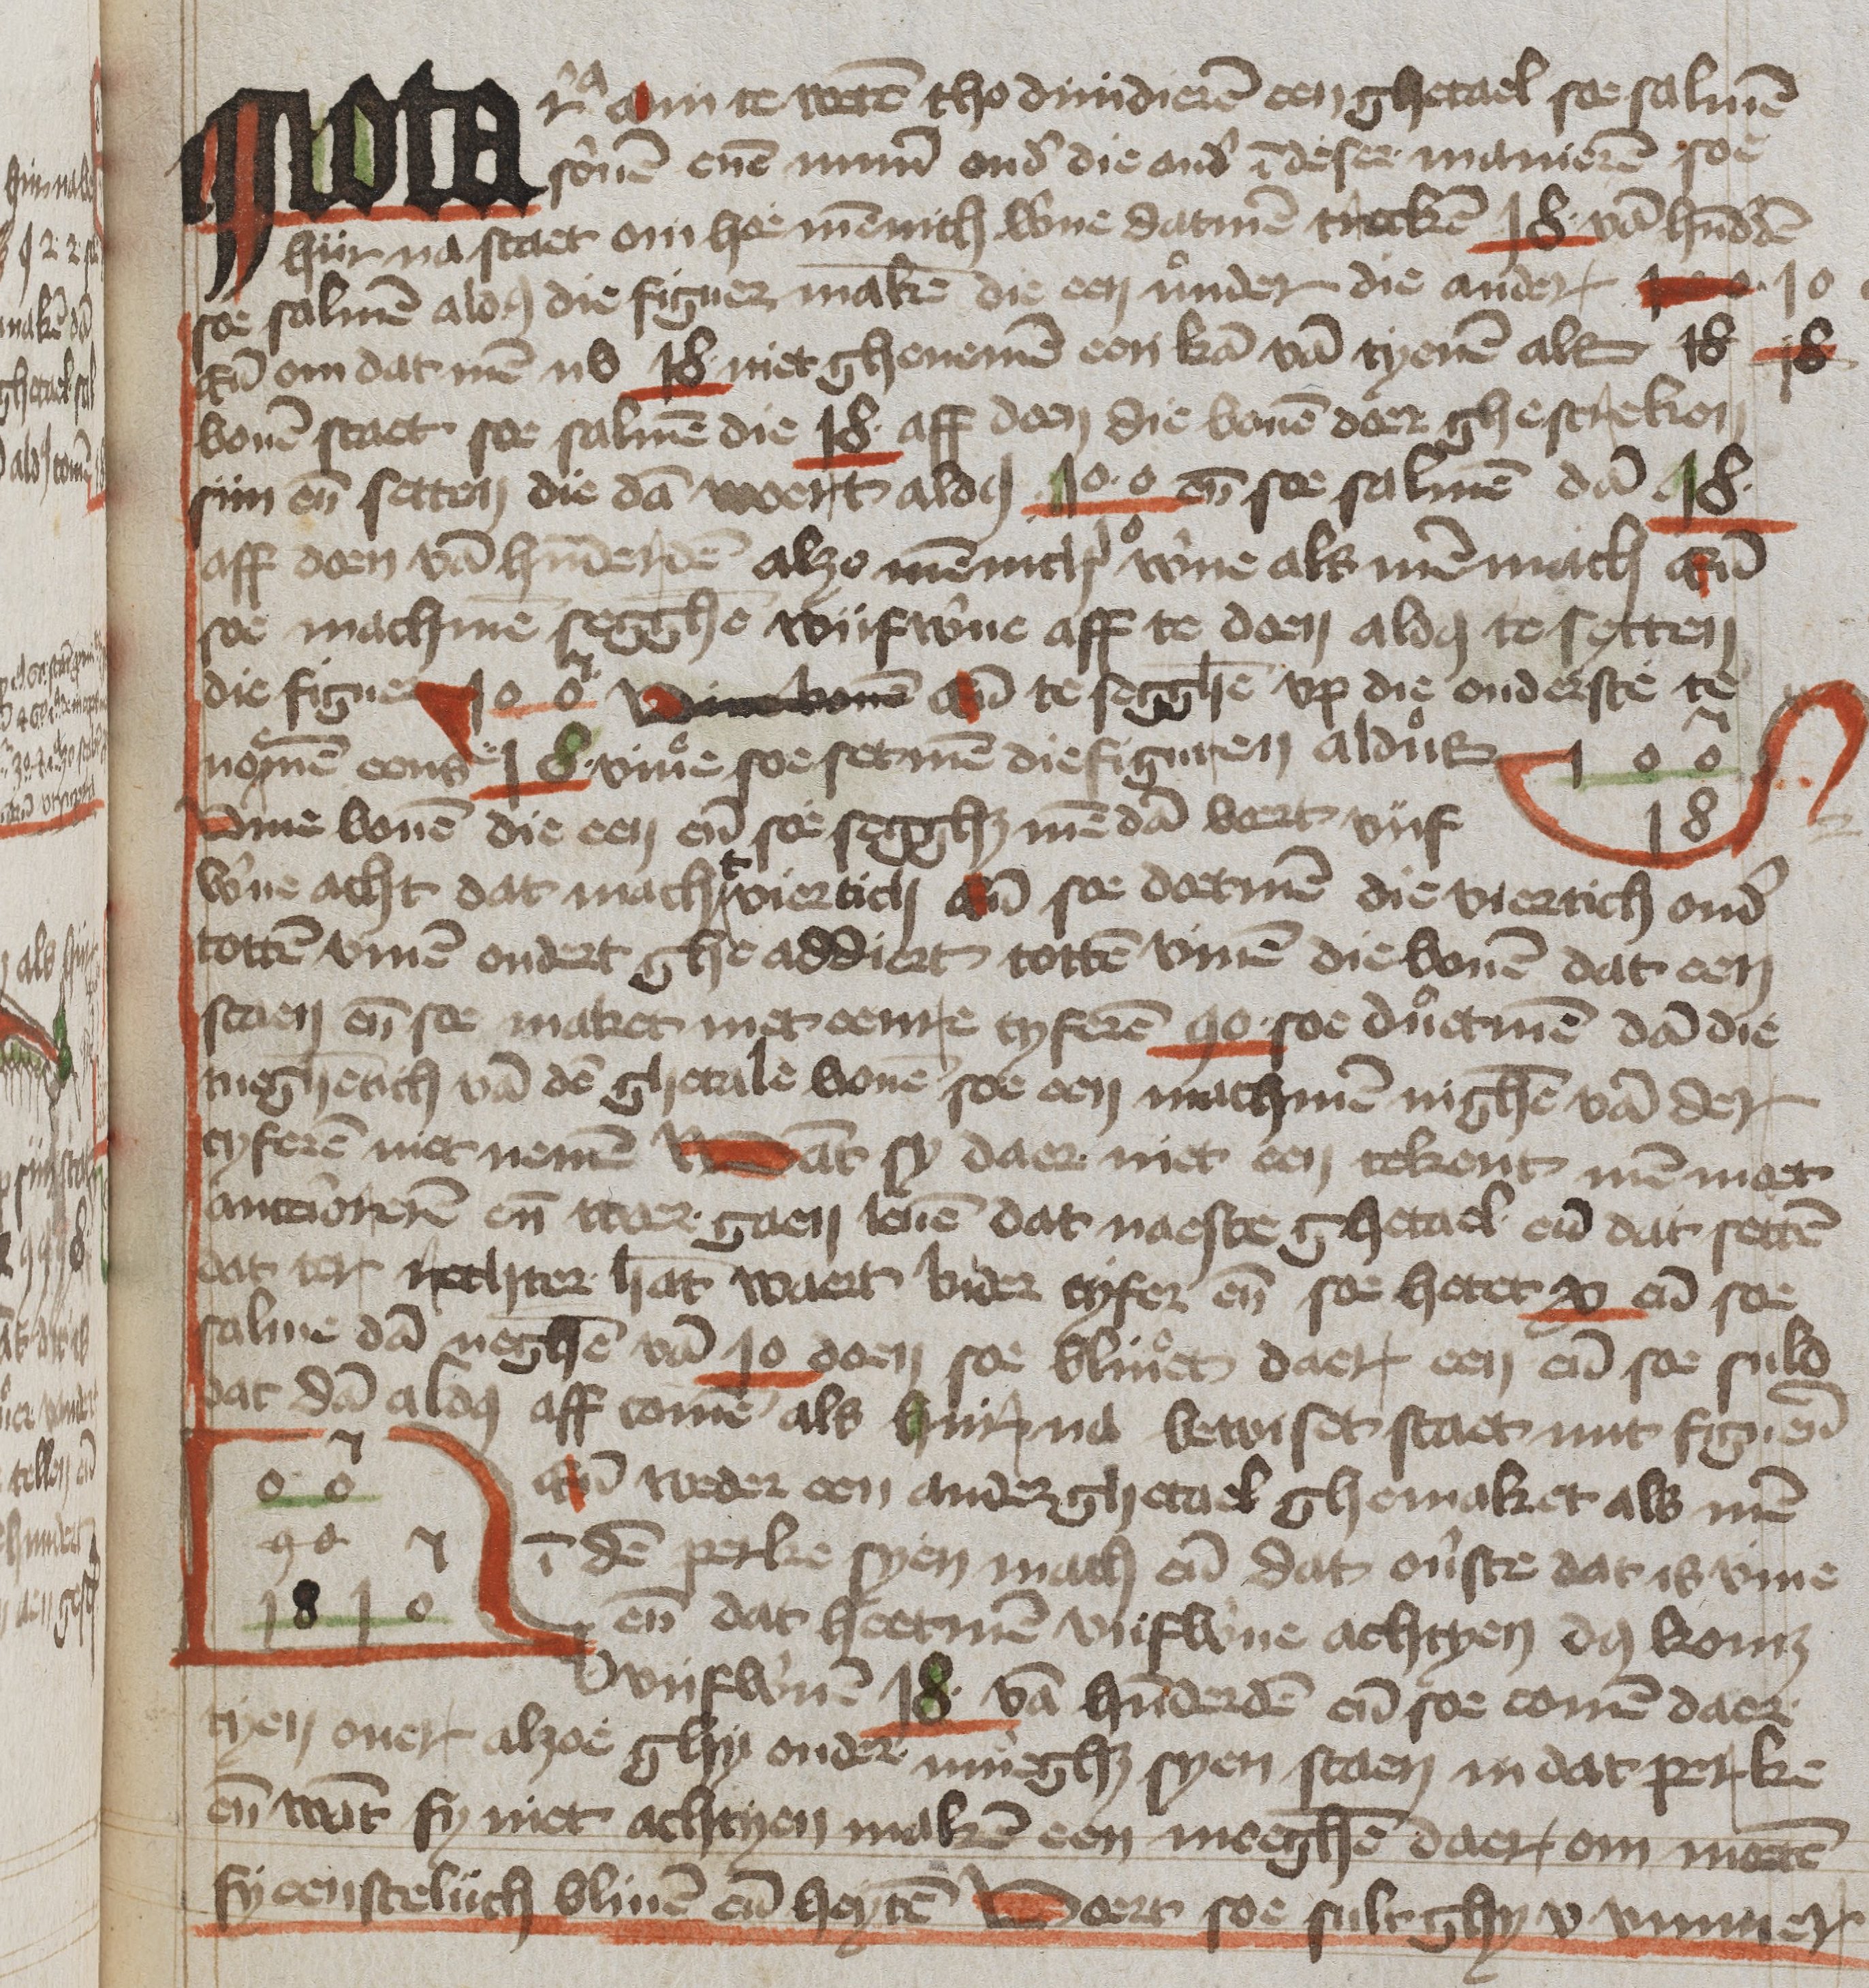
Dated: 1400–1449